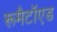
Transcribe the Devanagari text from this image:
रूमैटॉएड